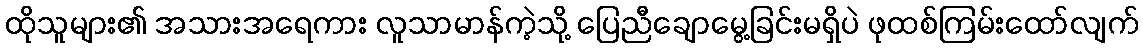
ထိုသူများ၏ အသားအရေကား လူသာမာန်ကဲ့သို့ ပြေညီချောမွေ့ခြင်းမရှိပဲ ဖုထစ်ကြမ်းထော်လျက်